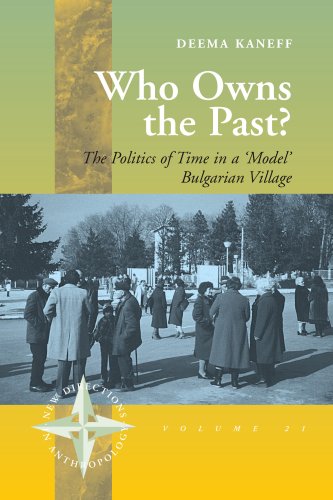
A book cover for Who Owns the Past?: The Politics of Time in a 'Model' Bulgarian Village (New Directions in Anthropology); Deema Kaneff; Politics & Social Sciences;